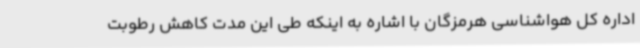
اداره کل هواشناسی هرمزگان با اشاره به اینکه طی این مدت کاهش رطوبت